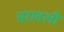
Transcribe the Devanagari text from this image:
सरावली